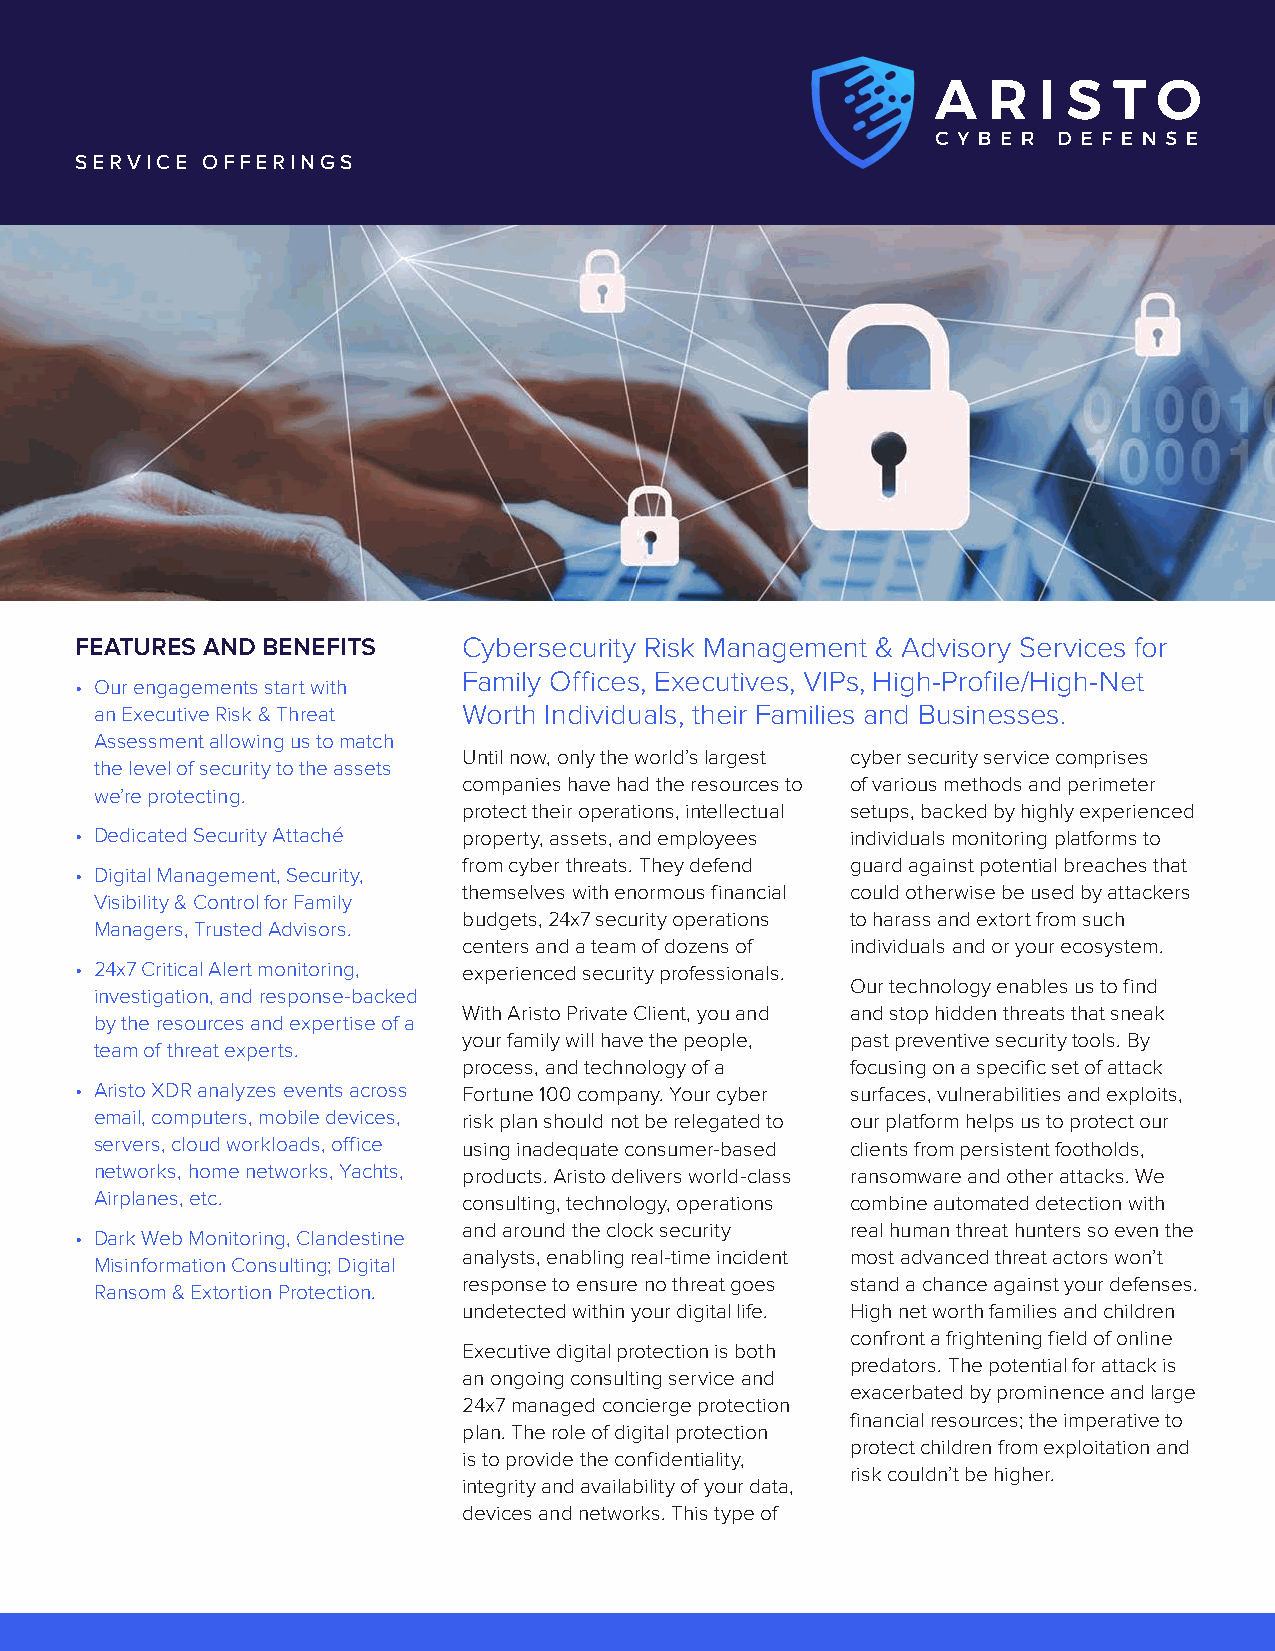
SERVICE OFFERINGS
 FEATURES AND BENEFITS     Cybersecurity Risk Management & Advisory Services for
 Family Offices, Executives, VIPs, High-Profile/High-Net
 • Our engagements start with
 an Executive Risk & Threat Worth Individuals, their Families and Businesses.
 Assessment allowing us to match
 Until now, only the world’s largest cyber security service comprises
 the level of security to the assets
 companies have had the resources to of various methods and perimeter
 we’re protecting.
 protect their operations, intellectual setups, backed by highly experienced
 • Dedicated Security Attaché property, assets, and employees individuals monitoring platforms to
 from cyber threats. They defend guard against potential breaches that
 • Digital Management, Security,
 themselves with enormous financial could otherwise be used by attackers
 Visibility & Control for Family
 budgets, 24x7 security operations to harass and extort from such
 Managers, Trusted Advisors.
 centers and a team of dozens of individuals and or your ecosystem.
 • 24x7 Critical Alert monitoring, experienced security professionals.
 Our technology enables us to find
 investigation, and response-backed
 With Aristo Private Client, you and and stop hidden threats that sneak
 by the resources and expertise of a
 your family will have the people, past preventive security tools. By
 team of threat experts.
 process, and technology of a focusing on a specific set of attack
 • Aristo XDR analyzes events across Fortune 100 company. Your cyber surfaces, vulnerabilities and exploits,
 email, computers, mobile devices, risk plan should not be relegated to our platform helps us to protect our
 servers, cloud workloads, office using inadequate consumer-based clients from persistent footholds,
 networks, home networks, Yachts, products. Aristo delivers world-class ransomware and other attacks. We
 Airplanes, etc.          consulting, technology, operations combine automated detection with
 and around the clock security real human threat hunters so even the
 • Dark Web Monitoring, Clandestine
 analysts, enabling real-time incident most advanced threat actors won’t
 Misinformation Consulting; Digital
 response to ensure no threat goes stand a chance against your defenses.
 Ransom & Extortion Protection.
 undetected within your digital life. High net worth families and children
 confront a frightening field of online
 Executive digital protection is both
 predators. The potential for attack is
 an ongoing consulting service and
 exacerbated by prominence and large
 24x7 managed concierge protection
 financial resources; the imperative to
 plan. The role of digital protection
 protect children from exploitation and
 is to provide the confidentiality,
 risk couldn’t be higher.
 integrity and availability of your data,
 devices and networks. This type of